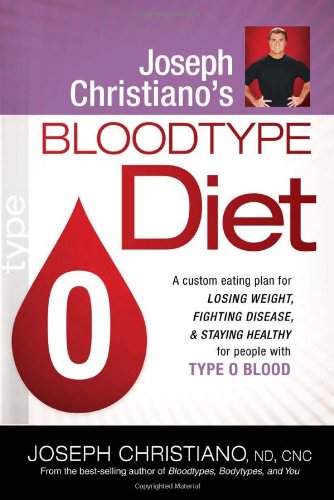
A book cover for Joseph Christiano's Bloodtype Diet O: A Custom Eating Plan for Losing Weight, Fighting Disease & Staying Healthy for People with Type O Blood; Joseph Christiano; Health, Fitness & Dieting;